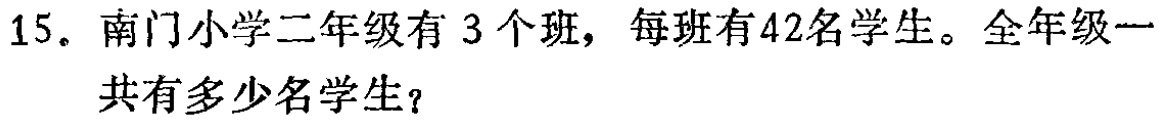
15. 南门小学二年级有 3 个班，每班有42名学生。全年级一共有多少名学生？